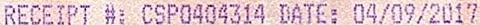
RECEIPT #: CSP0404314 DATE: 04/09/2017